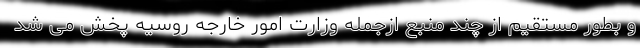
و بطور مستقیم از چند منبع ازجمله وزارت امور خارجه روسیه پخش می شد